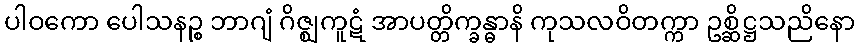
ပါဝကော ပေါသနဉ္စ ဘာဂျံ ဂိဇ္ဈကူဋံ အာပတ္တိက္ခန္ဓာနိ ကုသလဝိတက္ကာ ဥစ္ဆိဋ္ဌသညိနော